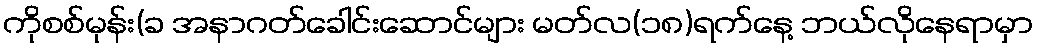
ကိုစစ်မုန်း(ခ အနာဂတ်ခေါင်းဆောင်များ မတ်လ(၁၈)ရက်နေ့ ဘယ်လိုနေရာမှာ